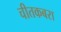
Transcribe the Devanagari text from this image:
चीतकबरा